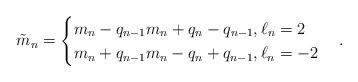
LaTeX: \begin{align*}\tilde{m}_n=\begin{cases}m_n-q_{n-1} m_n+q_n-q_{n-1}, \ell_n=2\\m_n+q_{n-1} m_n-q_n+q_{n-1}, \ell_n=-2\end{cases}.\end{align*}